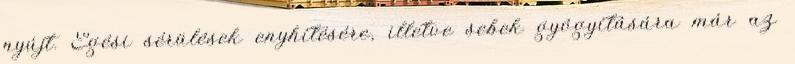
nyújt. Égési sérülések enyhítésére, illetve sebek gyógyítására már az